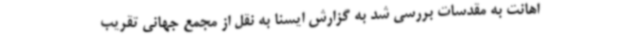
اهانت به مقدسات بررسی شد به گزارش ایسنا به نقل از مجمع جهانی تقریب